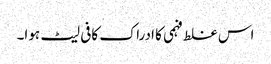
اس غلط فہمی کا ادراک کافی لیٹ ہوا۔